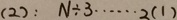
( 2 ) : N \div 3 \cdots 2 ( 1 )